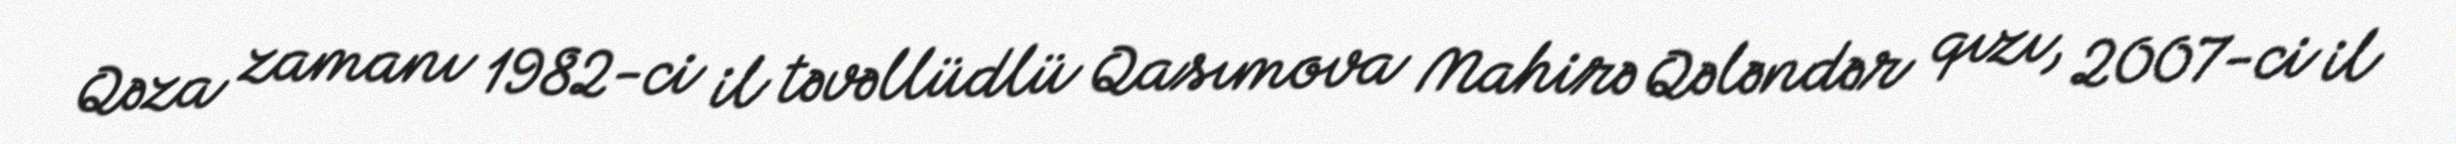
Qəza zamanı 1982-ci il təvəllüdlü Qasımova Mahirə Qələndər qızı, 2007-ci il